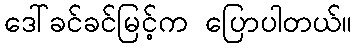
ဒေါ်ခင်ခင်မြင့်က ပြောပါတယ်။